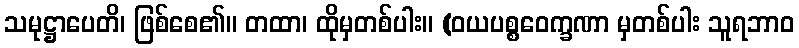
သမုဋ္ဌာပေတိ၊ ဖြစ်စေ၏။ တထာ၊ ထိုမှတစ်ပါး။ (ဝယပစ္စဝေက္ခဏာ မှတစ်ပါး သူရဘာဝ